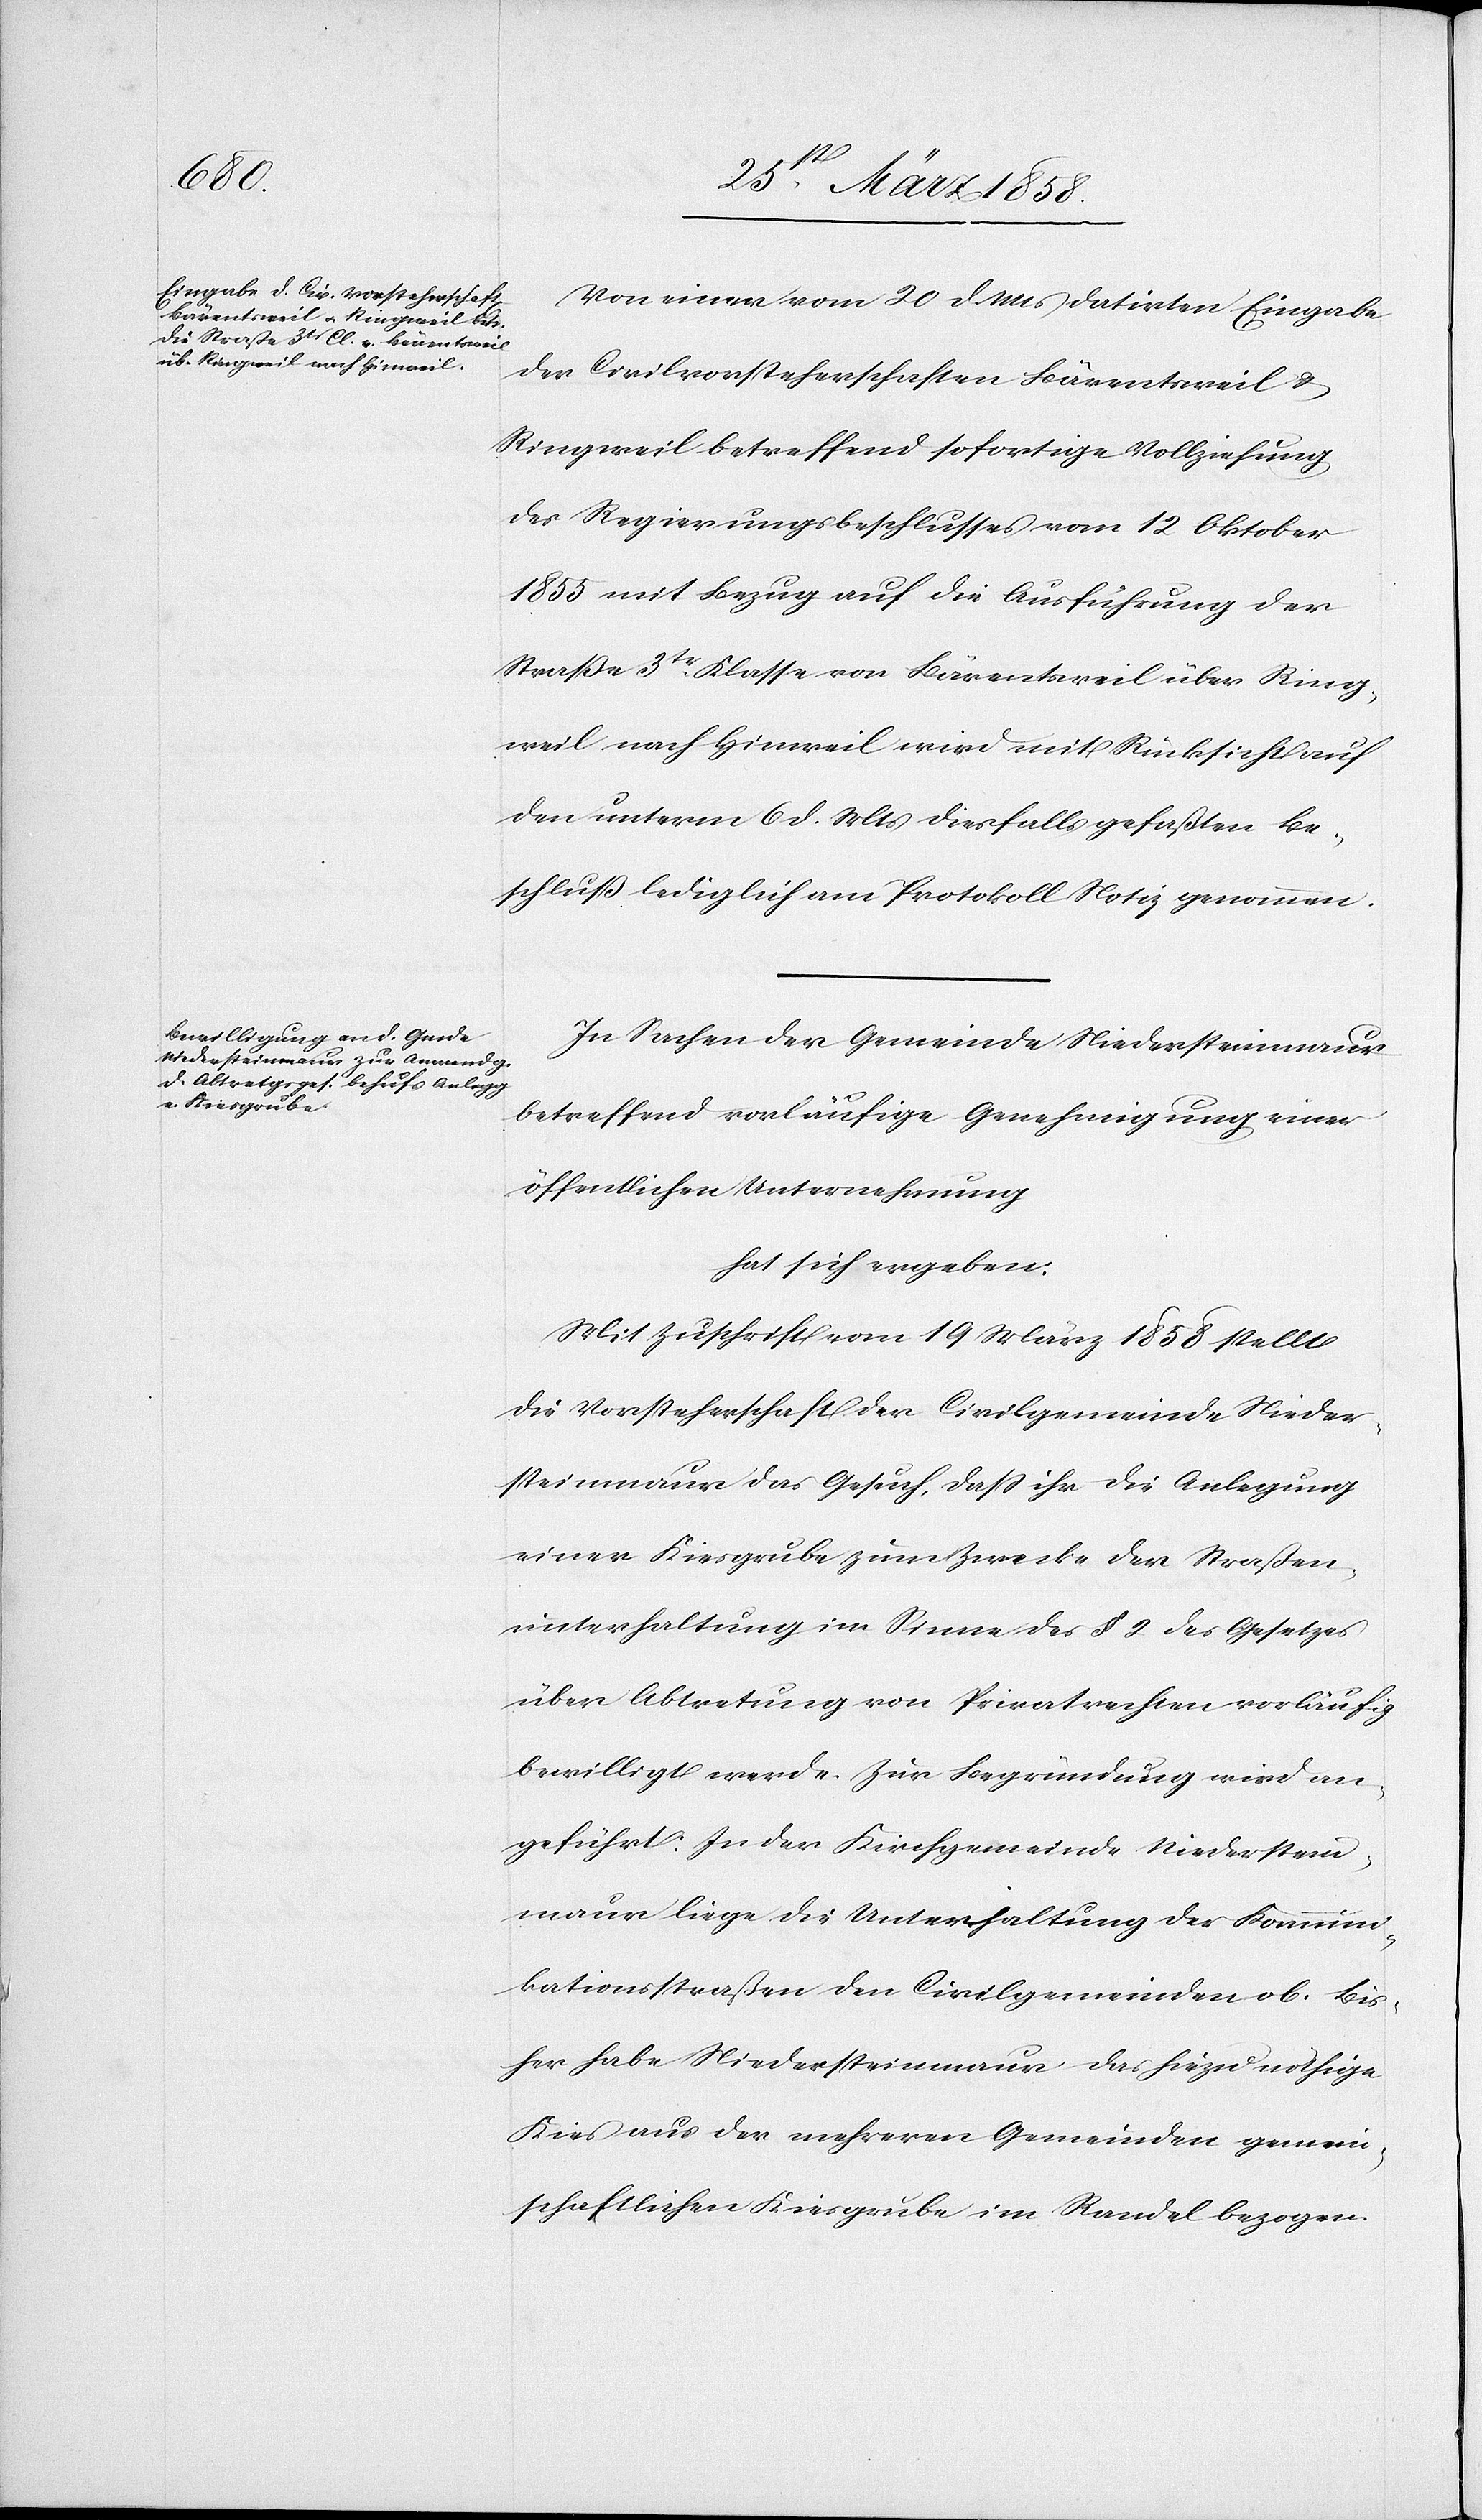
Von einer vom 20. d. Mts. datirten Eingabe
der Civilvorsteherschaften Bärentsweil &
Ringweil betreffend sofortige Vollziehung
des Regierungsbeschlusses vom 12. Oktober
1855 mit Bezug auf die Ausführung der
Straße 3tr Klasse von Bärentsweil über Ring¬
weil nach Hinweil wird mit Rücksicht auf
den unterm 6. d. Mts. diesfalls gefaßten Be¬
schluß lediglich am Protokoll Notiz genommen.
In Sachen der Gemeinde Niedersteinmaur
betreffend vorläufige Genehmigung einer
öffentlichen Unternehmung
hat sich ergeben:
Mit Zuschrift vom 19. März 1858 stellt
die Vorsteherschaft der Civilgemeinde Nieder¬
steinmaur das Gesuch, daß ihr die Anlegung
einer Kiesgrube zum Zwecke der Straßen¬
unterhaltung im Sinne des § 2 des Gesetzes
über Abtretung von Privatrechten vorläufig
bewilligt werde. Zur Begründung wird an¬
geführt: In der Kirchgemeinde Niederstein¬
maur liege die Unterhaltung der Kommuni¬
kationsstraßen den Civilgemeinden ob. Bis¬
her habe Niedersteinmaur das hiezu nöthige
Kies aus der mehreren Gemeinden gemein¬
schaftlichen Kiesgrube im Randel bezogen.